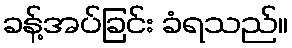
ခန့်အပ်ခြင်း ခံရသည်။